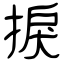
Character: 捩